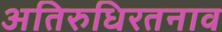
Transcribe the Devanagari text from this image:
अतिरुधिरतनाव